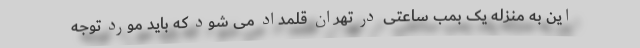
این به منزله یک بمب ساعتی در تهران قلمداد می شود که باید مورد توجه